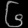
Digit: ၆